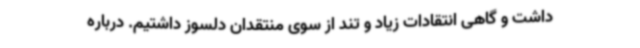
داشت و گاهی انتقادات زیاد و تند از سوی منتقدان دلسوز داشتیم. درباره